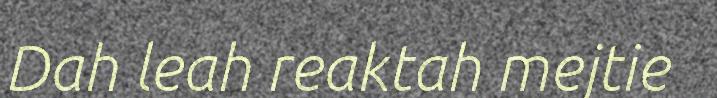
Dah leah reaktah mejtie